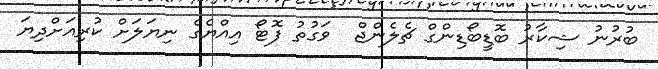
ބުރުނު ޝިކާރު ބޮޑީބޯޑިންގް ޗެލެންޖް  ވަގުތު ފޮޓޯ އިއްޔެގެ ނިޔަލަށް ކުރިއަށްދިޔަ